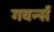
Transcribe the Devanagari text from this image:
गवर्न्स